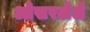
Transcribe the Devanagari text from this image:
ओसरलेले